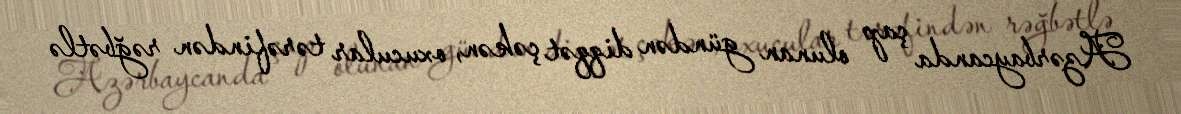
Azərbaycanda çap olunan gündən diqqət çəkən, oxucular tərəfindən rəğbətlə